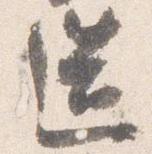
造